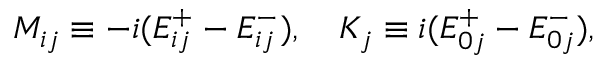
M _ { i j } \equiv - i ( E _ { i j } ^ { + } - E _ { i j } ^ { - } ) , \quad K _ { j } \equiv i ( E _ { 0 j } ^ { + } - E _ { 0 j } ^ { - } ) ,